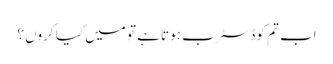
اب تم کو ڈسٹرب ہوتا ہے تو میں کیا کروں ؟